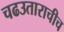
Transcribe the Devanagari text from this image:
चढउताराचीच